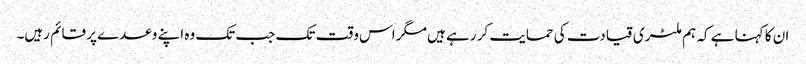
ان کا کہنا ہے کہ ہم ملٹری قیادت کی حمایت کر رہے ہیں مگر اس وقت تک جب تک وہ اپنے وعدے پر قائم رہیں۔